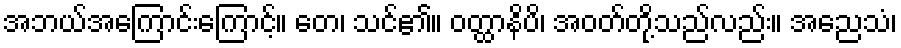
အဘယ်အကြောင်းကြောင့်။ တေ၊ သင်၏။ ဝတ္ထာနိပိ၊ အဝတ်တို့သည်လည်း။ အညေသံ၊